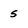
Character: s